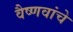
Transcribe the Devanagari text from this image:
वैष्णवांचे